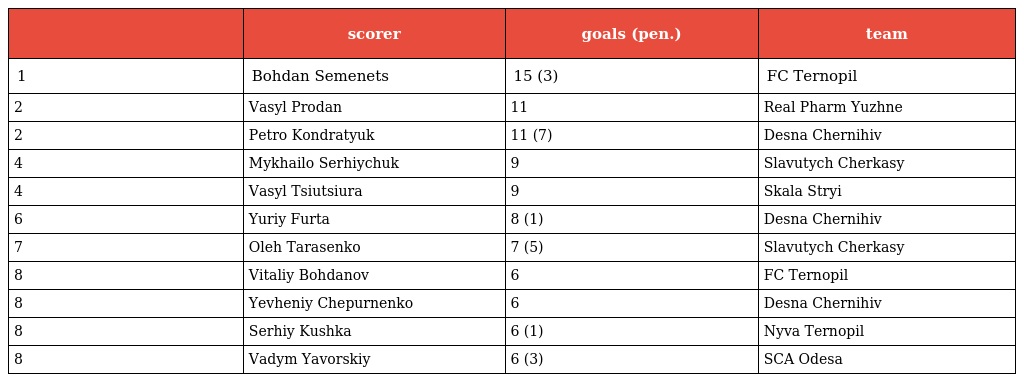
|  | scorer | goals (pen.) | team |
 | --- | --- | --- | --- |
 | 1 | Bohdan Semenets | 15 (3) | FC Ternopil |
 | 2 | Vasyl Prodan | 11 | Real Pharm Yuzhne |
 | 2 | Petro Kondratyuk | 11 (7) | Desna Chernihiv |
 | 4 | Mykhailo Serhiychuk | 9 | Slavutych Cherkasy |
 | 4 | Vasyl Tsiutsiura | 9 | Skala Stryi |
 | 6 | Yuriy Furta | 8 (1) | Desna Chernihiv |
 | 7 | Oleh Tarasenko | 7 (5) | Slavutych Cherkasy |
 | 8 | Vitaliy Bohdanov | 6 | FC Ternopil |
 | 8 | Yevheniy Chepurnenko | 6 | Desna Chernihiv |
 | 8 | Serhiy Kushka | 6 (1) | Nyva Ternopil |
 | 8 | Vadym Yavorskiy | 6 (3) | SCA Odesa |